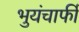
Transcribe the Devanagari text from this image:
भुयंचाफीं